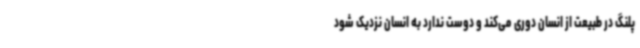
پلنگ در طبیعت از انسان دوری می‌کند و دوست ندارد به انسان نزدیک شود